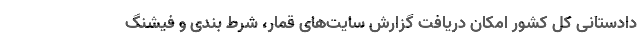
دادستانی کل کشور امکان دریافت گزارش سایت‌های قمار، شرط بندی و فیشنگ